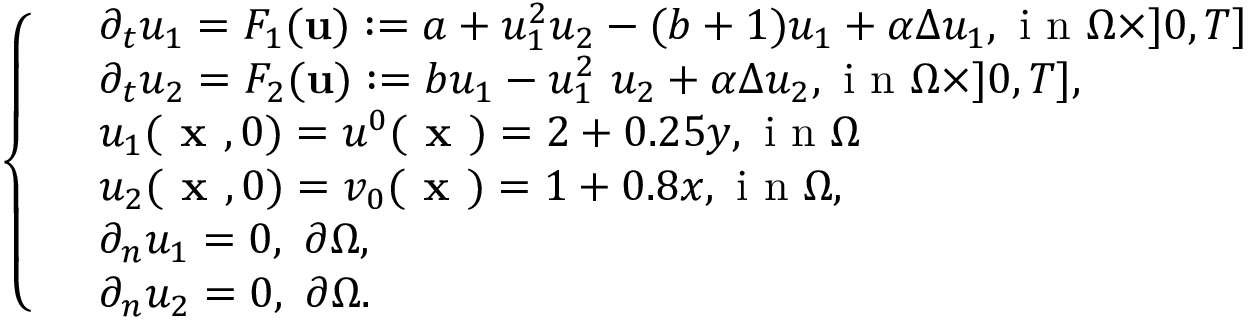
\left\{ \begin{array} { l l } & { \partial _ { t } u _ { 1 } = F _ { 1 } ( \mathbf { u } ) : = a + u _ { 1 } ^ { 2 } u _ { 2 } - ( b + 1 ) u _ { 1 } + \alpha \Delta u _ { 1 } , \textrm { i n } \Omega \times ] 0 , T ] } \\ & { \partial _ { t } u _ { 2 } = F _ { 2 } ( \mathbf { u } ) : = b u _ { 1 } - u _ { 1 } ^ { 2 } \ u _ { 2 } + \alpha \Delta u _ { 2 } , \textrm { i n } \Omega \times ] 0 , T ] , } \\ & { u _ { 1 } ( \textbf { x } , 0 ) = u ^ { 0 } ( \textbf { x } ) = 2 + 0 . 2 5 y , \textrm { i n } \Omega } \\ & { u _ { 2 } ( \textbf { x } , 0 ) = v _ { 0 } ( \textbf { x } ) = 1 + 0 . 8 x , \textrm { i n } \Omega , } \\ & { \partial _ { n } u _ { 1 } = 0 , \ \partial \Omega , } \\ & { \partial _ { n } u _ { 2 } = 0 , \ \partial \Omega . } \end{array} \right.